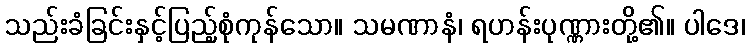
သည်းခံခြင်းနှင့်ပြည့်စုံကုန်သော။ သမဏာနံ၊ ရဟန်းပုဏ္ဏားတို့၏။ ပါဒေ၊